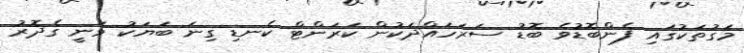
މަގުތަކުގައި ފެންބޮޑުވެ ބޮޑު ސަރަހައްދަކުން ކަރަންޓް ކެނޑި ގިނަ ބަޔަކު ވަނީ ގެދޮރު